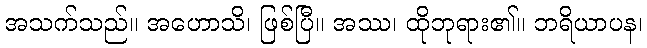
အသက်သည်။ အဟောသိ၊ ဖြစ်ပြီ။ အဿ၊ ထိုဘုရား၏။ ဘရိယာပန၊